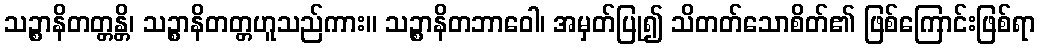
သဉ္စာနိတတ္တန္တိ၊ သဉ္စာနိတတ္တဟူသည်ကား။ သဉ္စာနိတဘာဝေါ၊ အမှတ်ပြု၍ သိတတ်သောစိတ်၏ ဖြစ်ကြောင်းဖြစ်ရာ